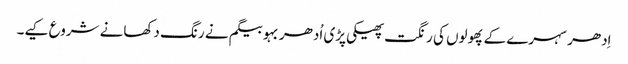
اِدھر سہرے کے پھولوں کی رنگت پھیکی پڑی اُدھر بہو بیگم نے رنگ دکھانے شروع کیے۔